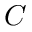
C